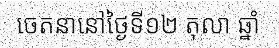
ចេតនានៅថ្ងៃទី១២ តុលា ឆ្នាំ